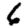
Digit: 6